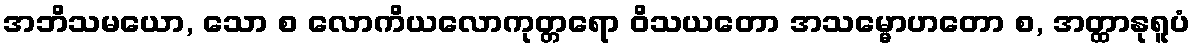
အဘိသမယော, သော စ လောကိယလောကုတ္တရော ဝိသယတော အသမ္မောဟတော စ, အတ္ထာနုရူပံ